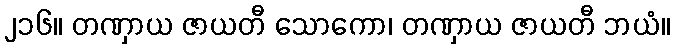
၂၁၆။ တဏှာယ ဇာယတီ သောကော၊ တဏှာယ ဇာယတီ ဘယံ။